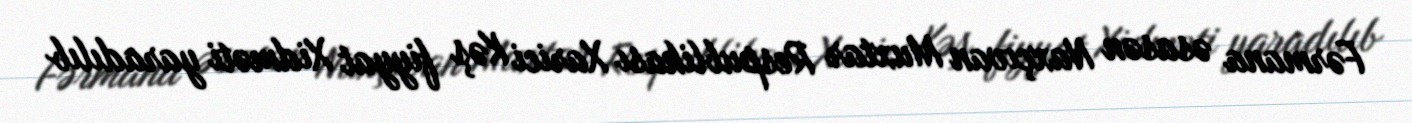
Fərmana əsasən Naxçıvan Muxtar Respublikası Xarici Kəş fiyyat Xidməti yaradılıb